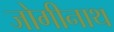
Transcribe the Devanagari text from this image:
जोगीनाथ